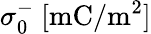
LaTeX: \sigma_{0}^{-}~[\mathrm{mC/m^{2}}]